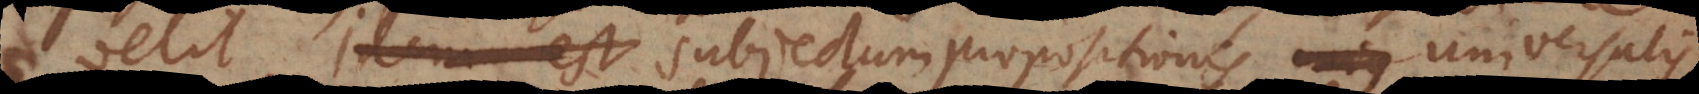
velit idem est subjectum propositionis universalis